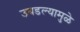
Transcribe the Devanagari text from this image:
उघडल्यामुळे